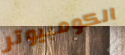
الكومبيوتر